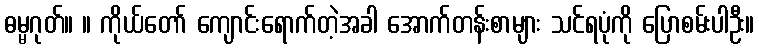
ဓမ္မဂုတ်။ ။ ကိုယ်တော် ကျောင်းရောက်တဲ့အခါ အောက်တန်းစာများ သင်ရပုံကို ပြောစမ်းပါဦး။